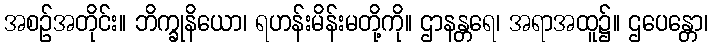
အစဉ်အတိုင်း။ ဘိက္ခုနိယော၊ ရဟန်းမိန်းမတို့ကို။ ဌာနန္တရေ၊ အရာအထူ၌။ ဌပေန္တော၊